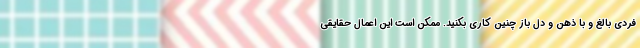
فردی بالغ و با ذهن و دل باز چنین کاری بکنید. ممکن است این اعمال حقایقی